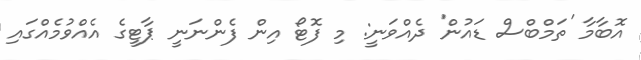
އޮބާމާ 'ތަމްބްސް ޑައުން' ދެއްވަނީ: މި ފޮޓޯ އިން ފެންނަނީ ޕާޓީގެ އެއްވުމެއްގައި